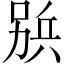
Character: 𠔦